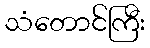
သံတောင်ကြီး